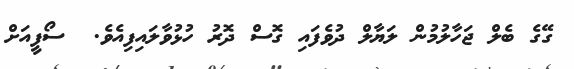
ގޭގެ ބެލް ޖަހާލުމުން ލަޔާލް ދުވެފައި ގޮސް ދޮރު ހުޅުވާލައިފިއެވެ.  ސޯފީއަށް